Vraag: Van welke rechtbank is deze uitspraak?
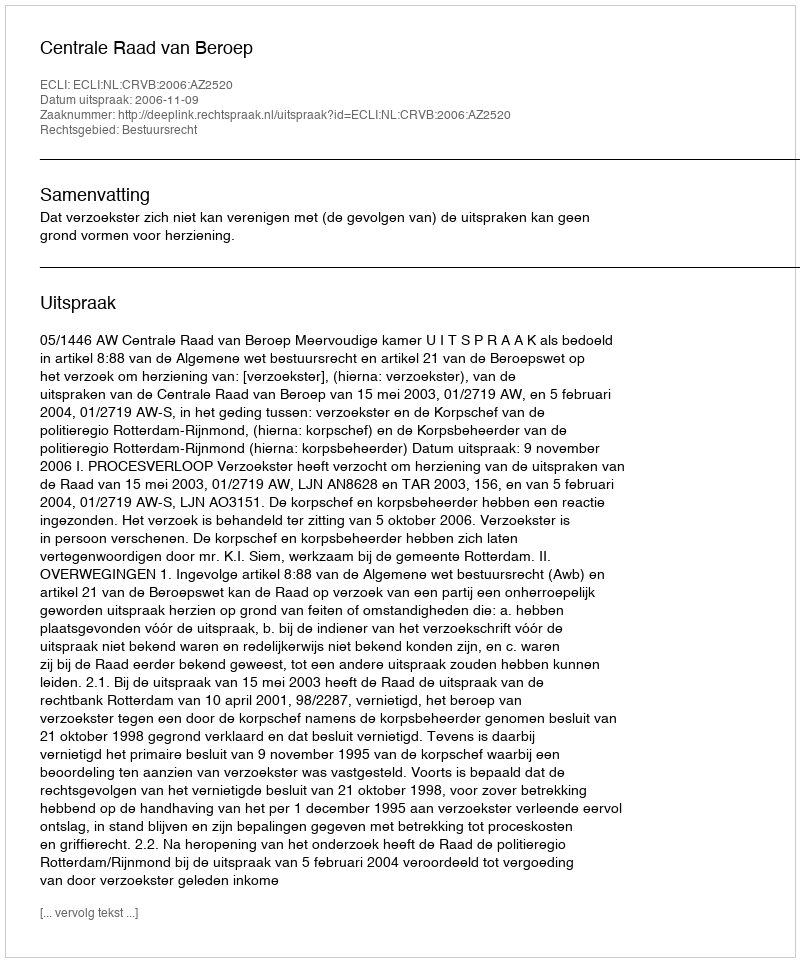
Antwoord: Centrale Raad van Beroep